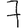
Digit: 7